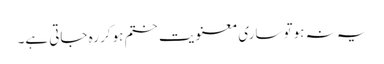
یہ نہ ہوتو ساری معنویت ختم ہوکر رہ جاتی ہے۔